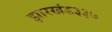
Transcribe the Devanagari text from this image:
झारखंड३३७